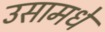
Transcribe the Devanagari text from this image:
उसामधे